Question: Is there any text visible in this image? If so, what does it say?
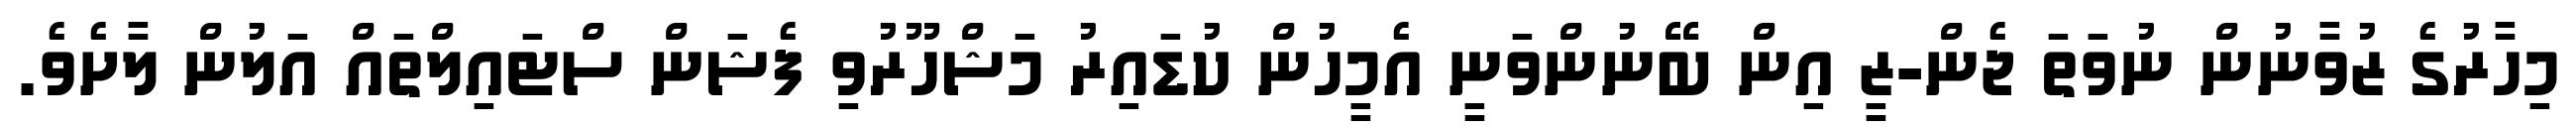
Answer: މިހާރުގެ ޒުވާނުން ނުވަތަ ޖެން-ޒީ އިން ބޭނުންވަނީ އެމީހުން ކުޑައިރު މަޝްހޫރުވި ފެޝަން ސްޓައިލްތައް އަލުން ލާށެވެ.